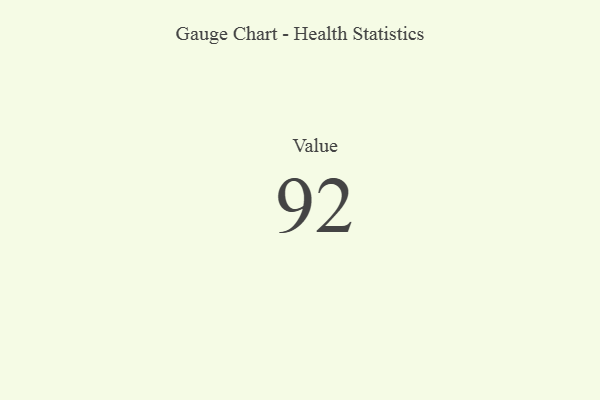
{"axis": {"x": "Metric", "y": "Value"}, "legend": [""], "data": [{"x": "Value", "y": 92, "type": ""}]}